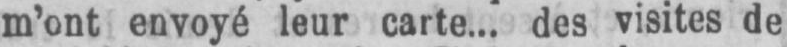
m’ont envoyé leur carte... des visites de